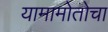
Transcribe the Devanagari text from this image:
यामामोतोचा